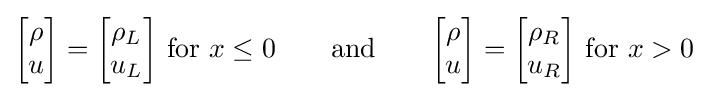
{\begin{bmatrix}\rho \\u\end{bmatrix}}={\begin{bmatrix}\rho _{L}\\u_{L}\end{bmatrix}}{\text{ for }}x\leq 0\qquad {\text{and}}\qquad {\begin{bmatrix}\rho \\u\end{bmatrix}}={\begin{bmatrix}\rho _{R}\\u_{R}\end{bmatrix}}{\text{ for }}x>0